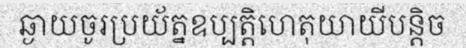
ឆ្ងាយចូរប្រយ័ត្នឧប្បត្តិហេតុយាយីបន្តិច